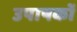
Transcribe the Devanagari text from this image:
उपाषकों